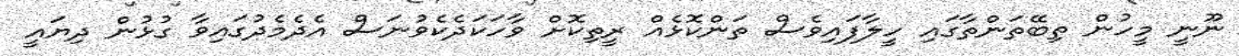
ނޫނީ މީހުން ތިބޭތަންތާގައި ހީލާފައިވެސް ތަންކޮޅެއް ރީތިކޮށް ވާހަކަދެކެވުނަސް އެދެމެދުގައިވާ ގުޅުން ދިޔައީ